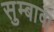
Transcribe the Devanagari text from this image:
सुम्बावा